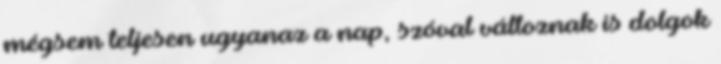
mégsem teljesen ugyanaz a nap, szóval változnak is dolgok